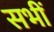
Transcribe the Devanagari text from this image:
सभीं